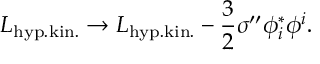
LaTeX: { \cal L } _ { \mathrm { h y p . k i n . } } \rightarrow { \cal L } _ { \mathrm { h y p . k i n . } } - \frac 3 2 \sigma ^ { \prime \prime } \phi _ { i } ^ { * } \phi ^ { i } .